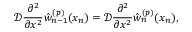
\mathcal { D } \frac { \partial ^ { 2 } } { \partial x ^ { 2 } } \hat { w } _ { n - 1 } ^ { ( p ) } ( x _ { n } ) = \mathcal { D } \frac { \partial ^ { 2 } } { \partial x ^ { 2 } } \hat { w } _ { n } ^ { ( p ) } ( x _ { n } ) ,